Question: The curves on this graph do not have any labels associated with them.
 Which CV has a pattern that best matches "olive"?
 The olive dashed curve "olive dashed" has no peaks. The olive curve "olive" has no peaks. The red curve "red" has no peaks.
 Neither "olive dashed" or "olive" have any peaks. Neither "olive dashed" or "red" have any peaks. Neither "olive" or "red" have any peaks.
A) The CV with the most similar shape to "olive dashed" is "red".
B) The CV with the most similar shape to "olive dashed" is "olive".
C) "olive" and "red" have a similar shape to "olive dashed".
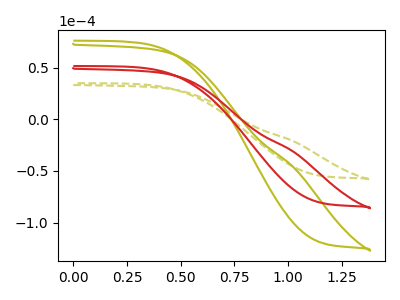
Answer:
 <answer>C) "olive" and "red" have a similar shape to "olive dashed".</answer>
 <eval>C</eval>